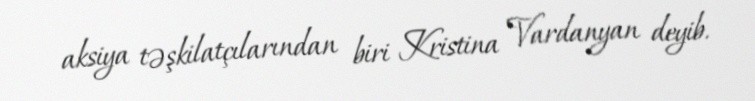
aksiya təşkilatçılarından biri Kristina Vardanyan deyib.